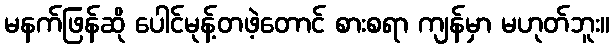
မနက်ဖြန်ဆို ပေါင်မုန့်တဖဲ့တောင် စားစရာ ကျန်မှာ မဟုတ်ဘူး။